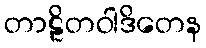
တာဠိတဝါဒိတေန